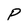
Character: P